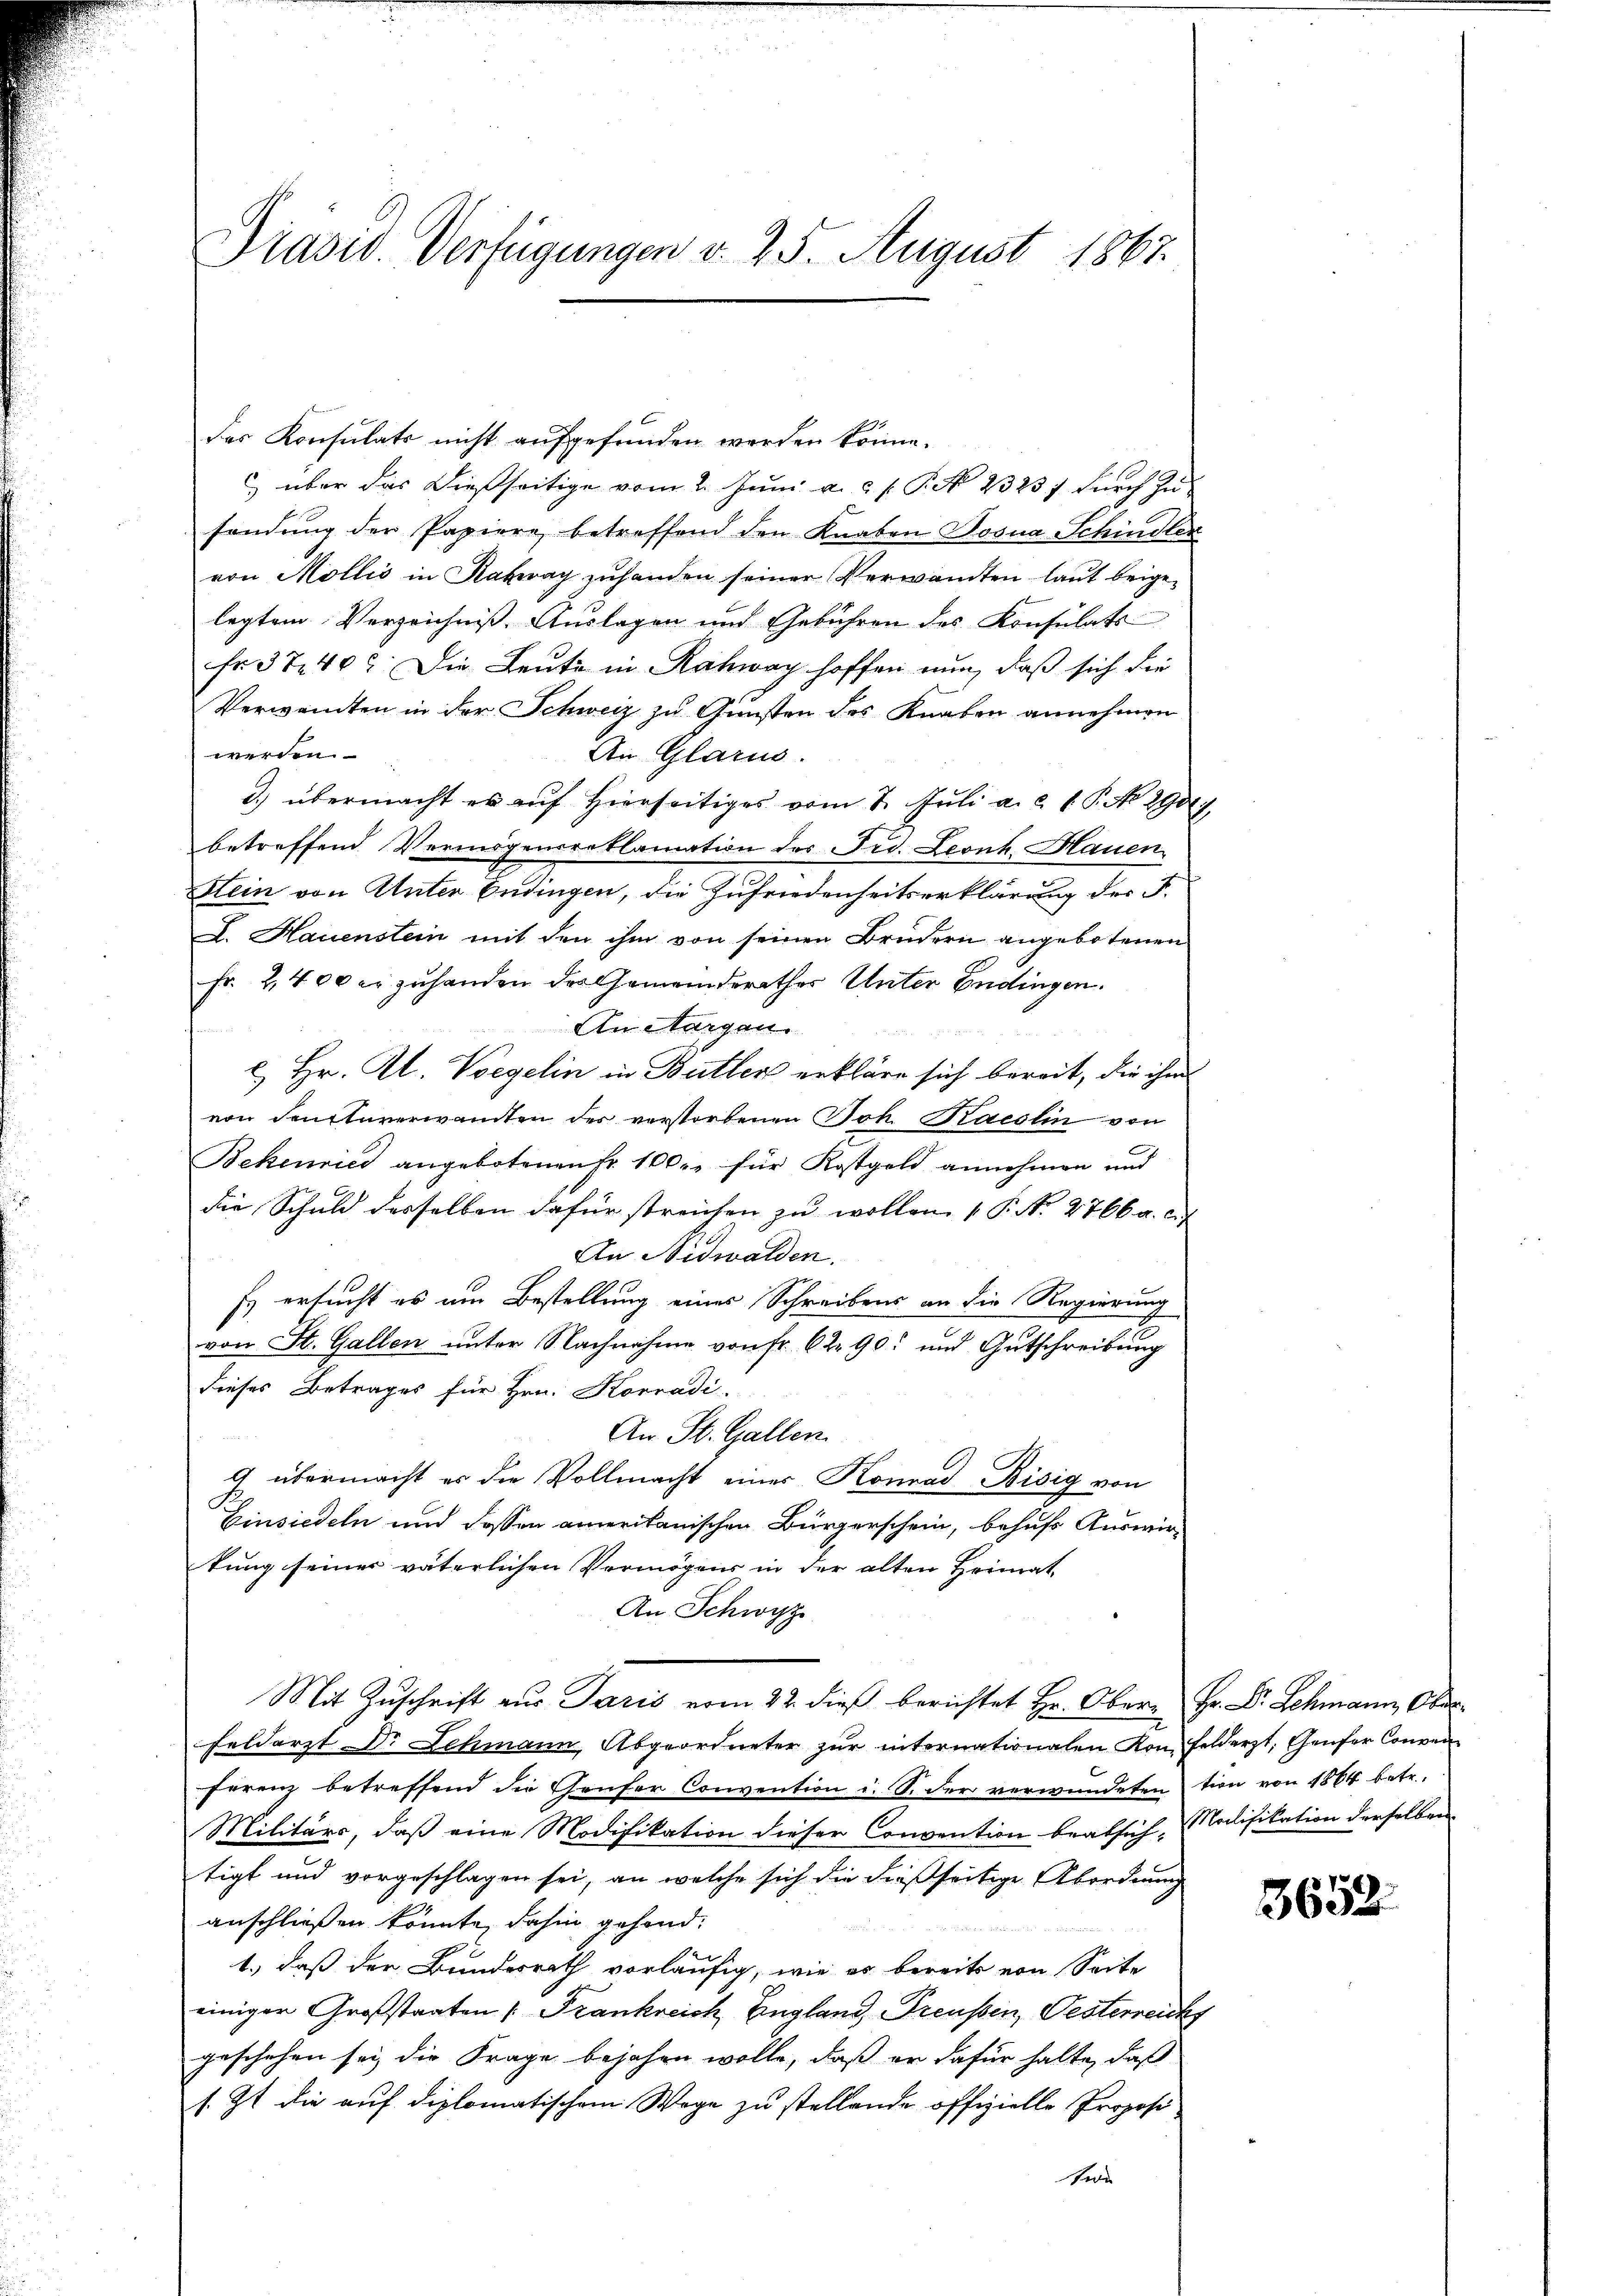
Präsid. Verfügungen v. 25. August 1867.

des Konsulats nicht aufgefunden werden könne.
über das dießseitige vom 2. Juni a. c. s. P. Nr. 23257 durch In
fandung der Papiere betreffend den Knaben Bosna Schindler
von Mollis in Kahray zuhanden seiner Verwandten laut beigelegtem Verzeichniß. Auslagen und Gebühren des Konsulats
Fr. 3740. Die Leute in Rahway hoffen nun, daß sich die
Verwandten in der Schweiz zu Gunsten des Knaben annehmen
werden.
An Glarus.
d.) übermacht es auf hierseitiges vom 2. Juli a. a. 1. P. No. 290
betreffend Vermögensreklamation des Fid. Leonh. Hauen
Kein von Unter Endingen, die Zufriedenheitserklärung der F.
I. Hauenstein mit den ihm von seinen Brudern angebotenen
Fr. 2,400 er zuhanden des Gemeinderathes Unter Endingen.
An Morgen.

c. Hr. Kl. Vorgelin in Butter erkläre sich bereit, die ihm
von denktaverwandten der verstorbenen Joh. Kaeslin von
Bekenries angebotenen Fr. 100.- für Kostgeld annehmen und
die Schuld derselben dafür streichen zu wollen. (T. N. 2766 a. c.
An Nidwalden.
Es ersucht es am Bestellung eines Schreibens an die Regierung
von St. Gallen unter Nachnahme von Fr. 62 90 und Gutschreibung
dieses Betrages für Hrn. Konradi
An St. Gallen.
G. übermacht er die Vollmacht einer Konrad Bisig von
Einsiedeln und dessen amerikanischen Bürgerschein, behufs Auswir-
tung seiner väterlichen Vermögens in der alten Heimat
An Schwyz
Mit Zŭschrift aŭs Paris vom 22. dieβ berichtet Hr. Ober Hr. Dr. Schmann, Ober
feldarzt Dr. Lehmann, Abgeordneter zŭr internationalen Konfeldarzt. Genfer Conven
ferenz betreffend die Genfer Convention i. S. der verwundeten tien von 1864 betr.
Militärs, daß eine Modifikation dieser Convention beabsich Notifikation derselben
tigt und vorgeschlagen sei, an welche sich die dießseitige Abordnung
anschließen könnte, dahin gehend.

1.) daß der Bundesrath vorläufig, wie er bereits von Seite
einiger Großstaaten [Frankreich, England, Freussen, Pesterreichs
geschehen sei die Frage bejahen wolle, daß er dafür halte, daß
s. Zt. die auf diplomatischem Wage zu stellende offizielle Proposi
Sele

3632.